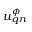
\boldsymbol { u } _ { \boldsymbol { q } n } ^ { \phi }